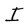
Character: I